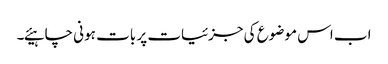
اب اس موضوع کی جزئیات پر بات ہونی چاہیئے۔